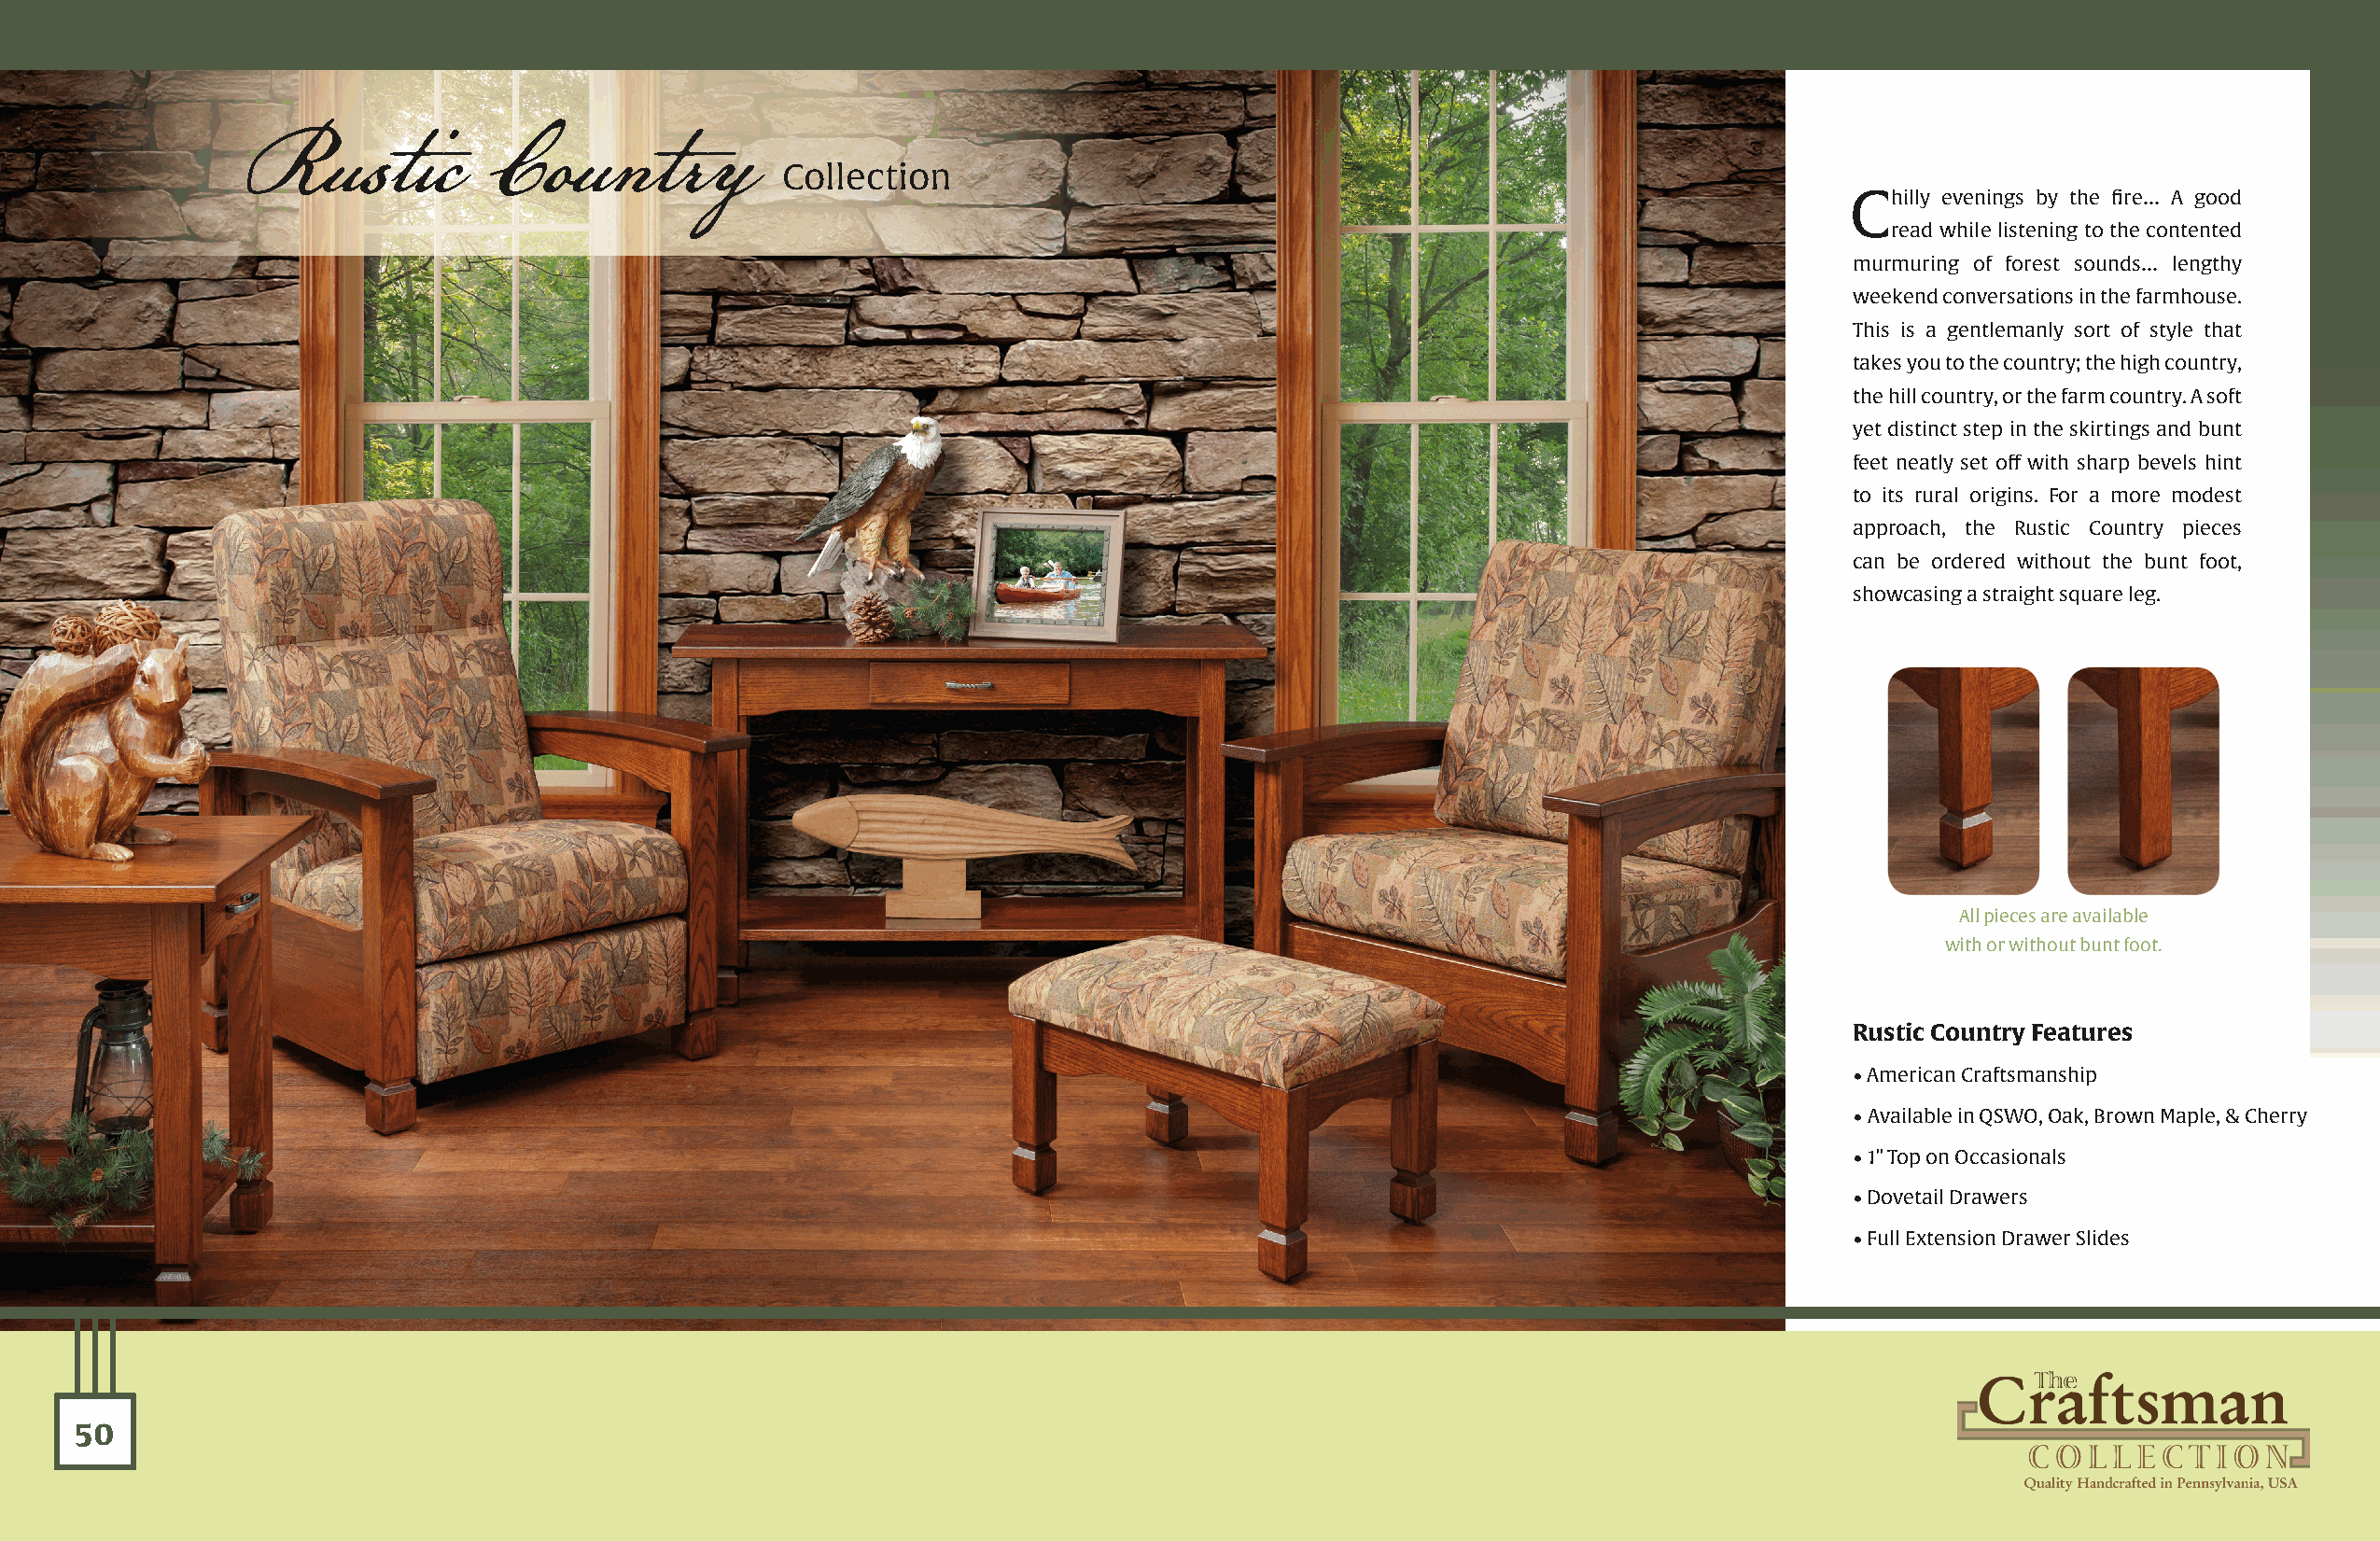
Rustic            Country
 Collection
 Chilly evenings by the fire… A good
 read while listening to the contented
 murmuring of forest sounds… lengthy
 weekend conversations in the farmhouse.
 This is a gentlemanly sort of style that
 takes you to the country; the high country,
 the hill country, or the farm country. A soft
 yet distinct step in the skirtings and bunt
 feet neatly set off with sharp bevels hint
 to its rural origins. For a more modest
 approach, the Rustic Country pieces
 can be ordered without the bunt foot,
 showcasing a straight square leg.
 All pieces are available
 with or without bunt foot.
 Rustic Country Features
 • American Craftsmanship
 • Available in QSWO, Oak, Brown Maple, & Cherry
 • 1” Top on Occasionals
 • Dovetail Drawers
 • Full Extension Drawer Slides
 50